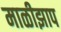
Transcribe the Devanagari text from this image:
माळीझाप